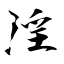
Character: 淫